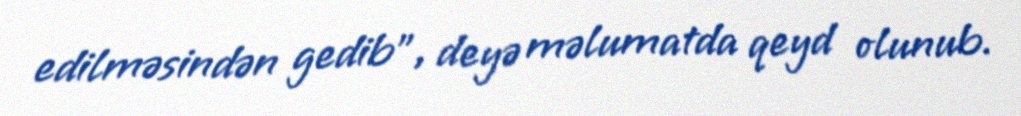
edilməsindən gedib”, deyə məlumatda qeyd olunub.